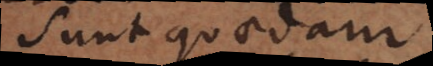
Sunt quaedam